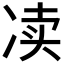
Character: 𰃿